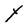
Character: Y